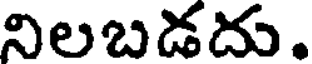
నిలబడదు.